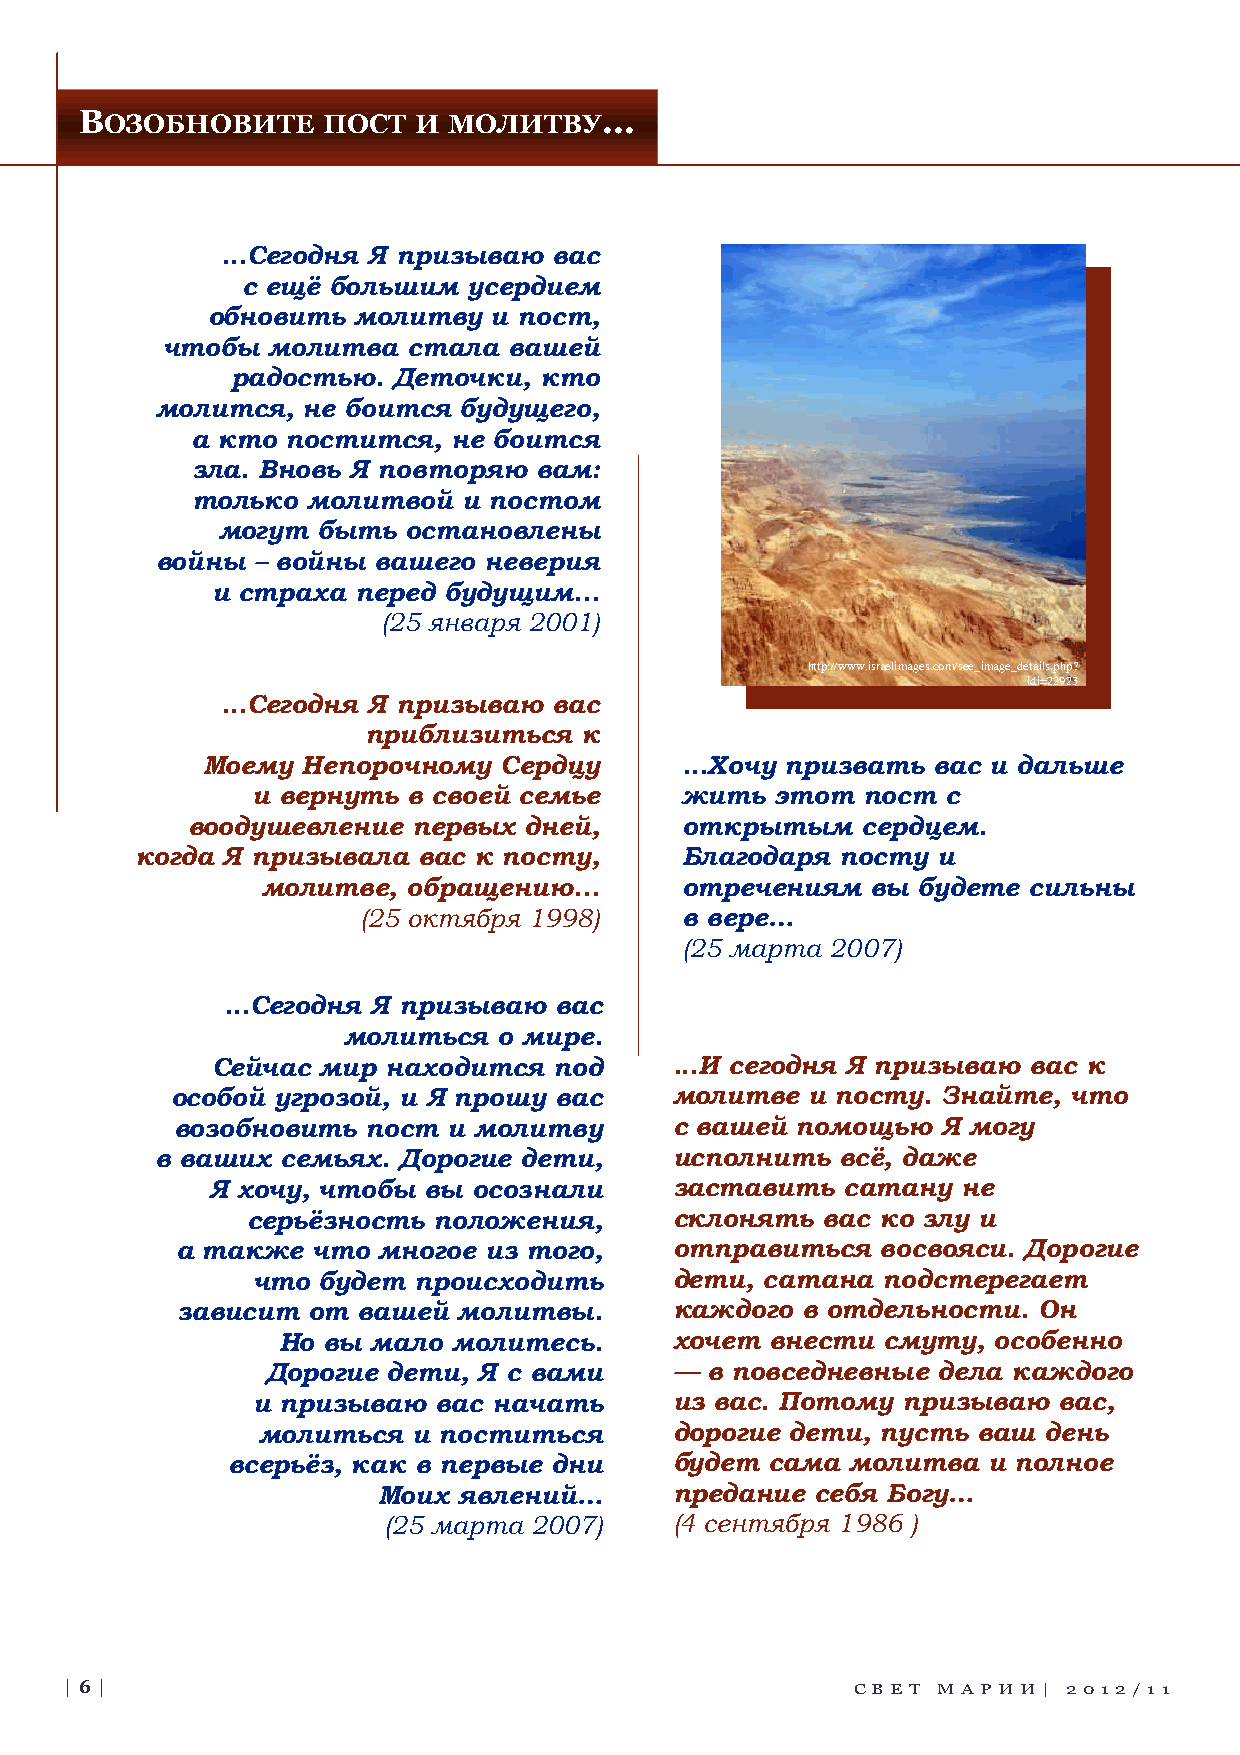
ВОЗОБНОВИТЕ     ПОСТ  И  МОЛИТВУ...
 ...Сегодня Я призываю вас
 с ещё большим  усердием
 обновить молитву   и пост,
 чтобы  молитва  стала  вашей
 радостью.  Деточки,  кто
 молится,  не боится будущего,
 а кто постится,  не боится
 зла. Вновь Я повторяю вам:
 только молитвой   и постом
 могут  быть  остановлены
 войны  – войны вашего неверия
 и страха  перед будущим...
 (25 января 2001)
 http://www.israelimages.com/see_image_details.php?
 idi=22923
 ...Сегодня Я призываю вас
 приблизиться  к
 Моему  Непорочному  Сердцу      ...Хочу призвать вас и дальше
 и вернуть в своей семье     жить  этот  пост  с
 воодушевление  первых  дней,     открытым    сердцем.
 когда Я призывала  вас к посту,     Благодаря  посту и
 молитве,  обращению...      отречениям   вы будете сильны
 (25 октября 1998)    в вере…
 (25 марта 2007)
 ...Cегодня Я призываю вас
 молиться  о мире.
 Сейчас мир  находится  под     ...И сегодня Я призываю вас к
 особой угрозой, и Я прошу вас     молитве  и посту. Знайте, что
 возобновить пост  и молитву      с вашей помощью  Я могу
 в ваших  семьях. Дорогие дети,     исполнить  всё, даже
 Я хочу, чтобы вы осознали      заставить  сатану  не
 серьёзность  положения,      склонять вас ко злу и
 а также  что многое из того,     отправиться  восвояси. Дорогие
 что будет происходить       дети, сатана подстерегает
 зависит от  вашей молитвы.       каждого в отдельности.  Он
 Но вы  мало молитесь.      хочет внести смуту,  особенно
 Дорогие дети, Я с вами     — в повседневные дела каждого
 и призываю  вас начать      из вас. Потому призываю  вас,
 молиться  и поститься       дорогие дети, пусть ваш день
 всерьёз, как в первые дни     будет сама молитва  и полное
 Моих явлений…       предание себя Богу…
 (25 марта 2007)     (4 сентября 1986 )
 | 6 |                                                СВ Е Т М АР И И | 2 0 12 /1 1